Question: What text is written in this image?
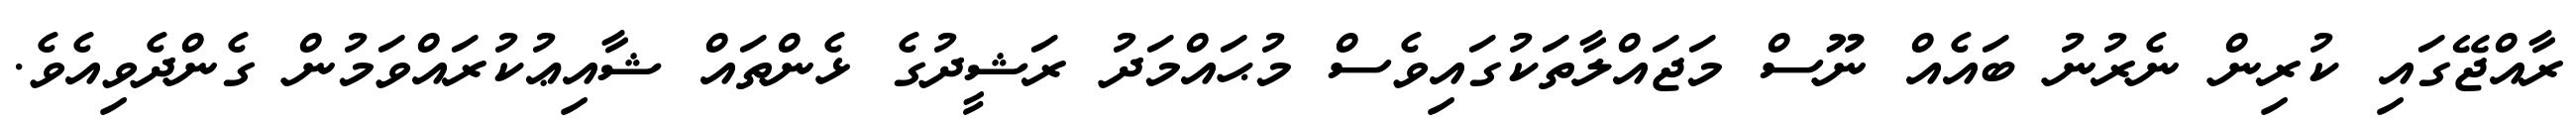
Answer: ރާއްޖޭގައި ކުރިން ނެރުނު ބައެއް ނޫސް މަޖައްލާތަކުގައިވެސް މުޙައްމަދު ރަޝީދުގެ ޅެންތައް ޝާއިޢުކުރައްވަމުން ގެންދެވިއެވެ.